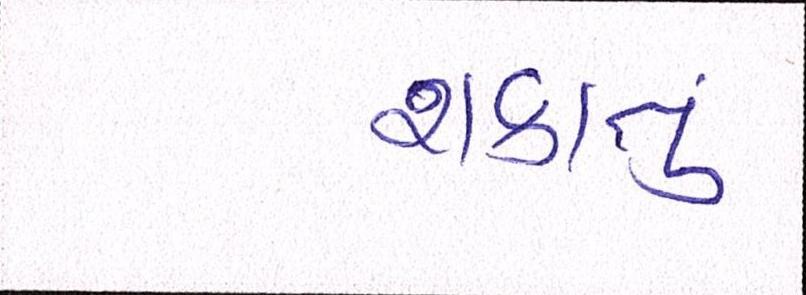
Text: શકાતું